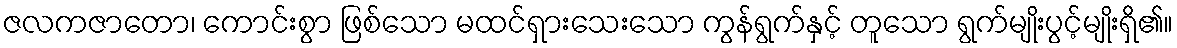
ဇလကဇာတော၊ ကောင်းစွာ ဖြစ်သော မထင်ရှားသေးသော ကွန်ရွက်နှင့် တူသော ရွက်မျိုးပွင့်မျိုးရှိ၏။